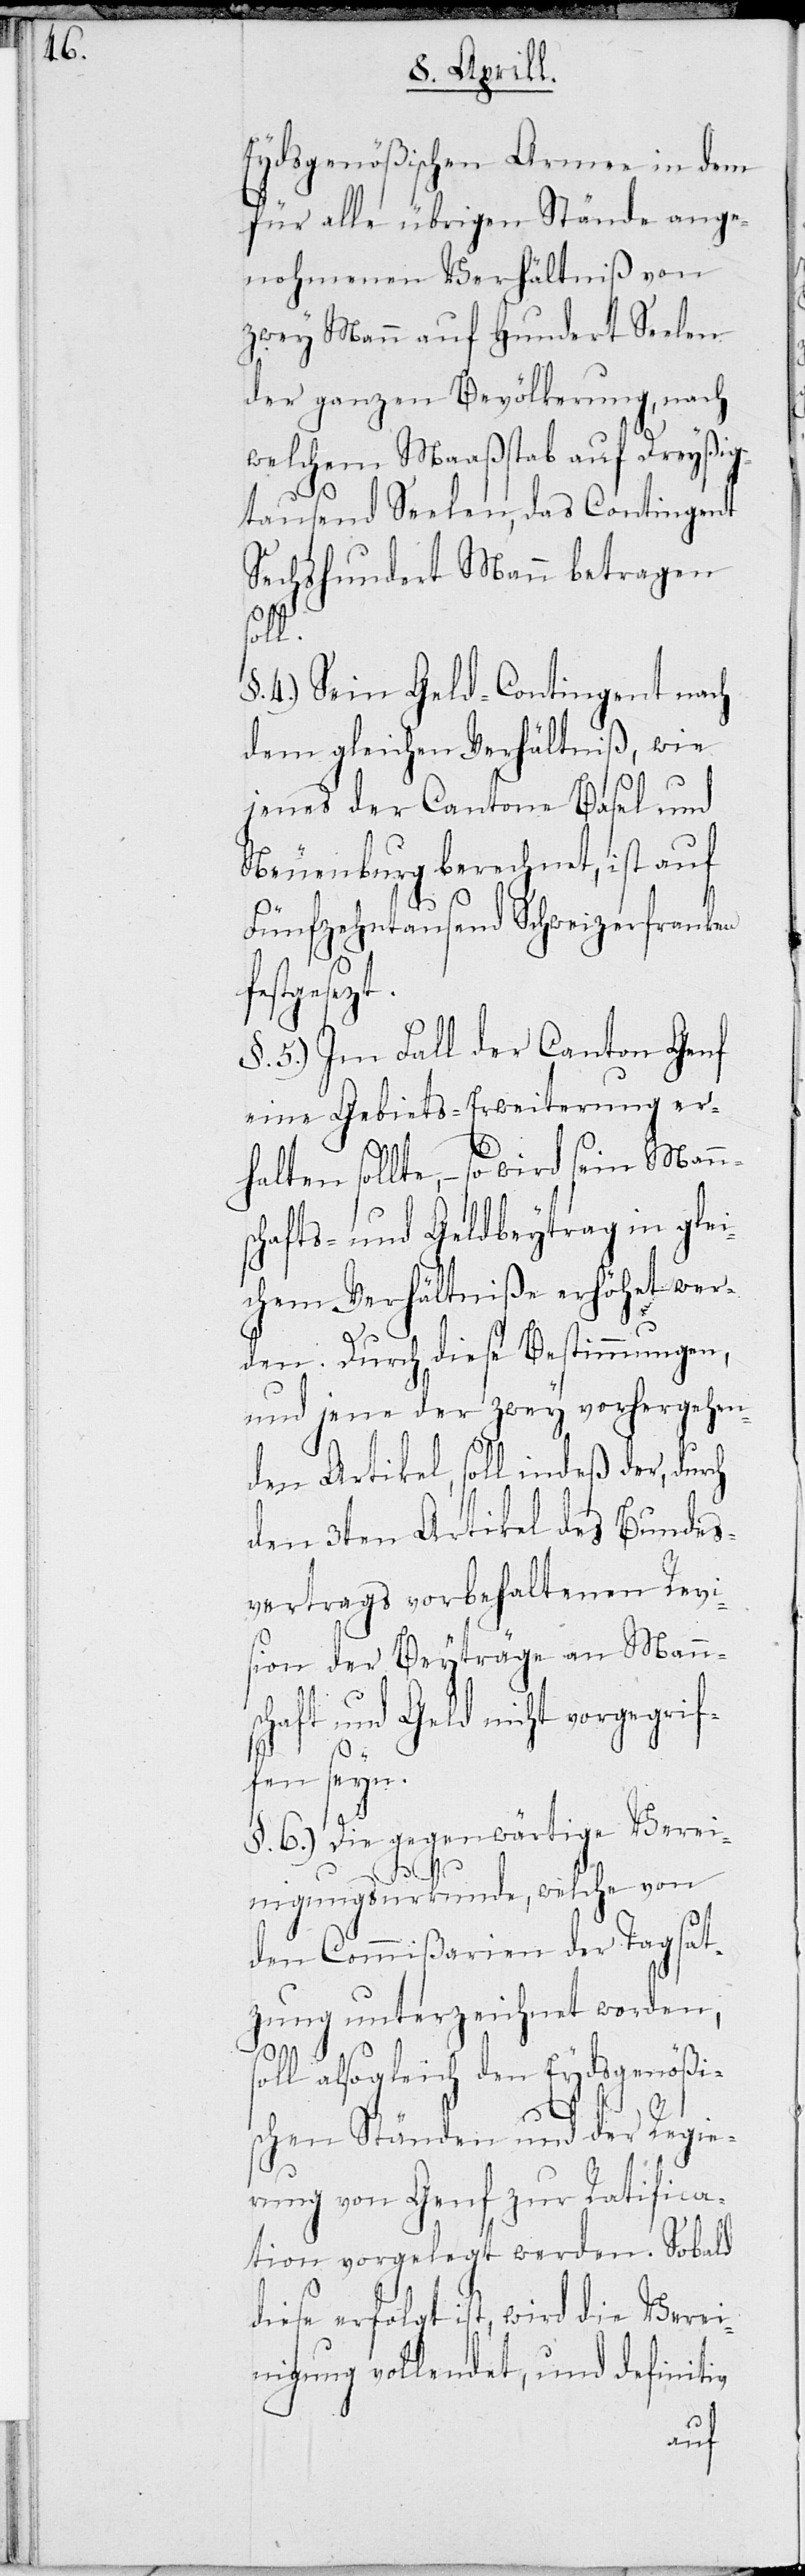
Eydsgenößischen Armee in dem
für alle übrigen Stände ange¬
nohmenen Verhältniß von
zwey Mann auf hundert Seelen
der ganzen Bevölkerung, nach
welchem Maaßstab auf Dreyßig¬
tausend Seelen, das Contingent
Sechshundert Mann betragen
sol¬
§ 4.) Sein Geldcontingent nach
dem gleichen Verhältniß, wie
jenes der Cantone Basel und
Neuenburg berechnet, ist auf
fünfzehntausend Schweizerfranken
esetzt.
§ 5.) Im Fall der Canton Genf
eine Gebiets-Erweiterung er¬
halten sollte, – so wird sein Mann¬
schafts- und Geldbeytrag in glei¬
chem Verhältniße erhöhet wer¬
den. Durch diese Bestimmungen,
und jene der zwey vorhergehen¬
den Artikel, soll indeß der, durch
den 3ten Artikel des Bundes¬
vertrags vorbehaltenen Revi¬
sion der Beyträge an Mann¬
schaft und Geld nicht vorgegrif¬
fen seyn.
§ 6.) Die gegenwärtige Verei¬
nigungsurkunde, welche von
den Commißarien der Tagsat¬
zung unterzeichnet worden,
l alsogleich den Eydsgenößi¬
schen Ständen und der Regie¬
rung von Genf zur Ratifica¬
tion vorgelegt werden. Sobald
diese erfolgt ist, wird die Verei¬
nigung vollendet, und definitiv